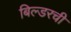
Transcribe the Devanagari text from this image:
बिल्डरची